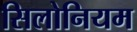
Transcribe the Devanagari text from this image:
सिलोनियम